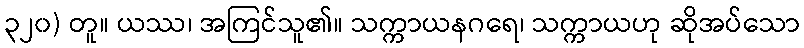
၃၂၀) တူ။ ယဿ၊ အကြင်သူ၏။ သက္ကာယနဂရေ၊ သက္ကာယဟု ဆိုအပ်သော